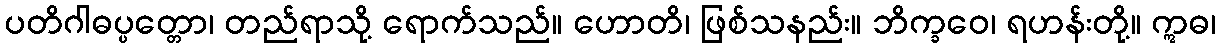
ပတိဂါဓပ္ပတ္တော၊ တည်ရာသို့ ရောက်သည်။ ဟောတိ၊ ဖြစ်သနည်း။ ဘိက္ခဝေ၊ ရဟန်းတို့။ ဣဓ၊